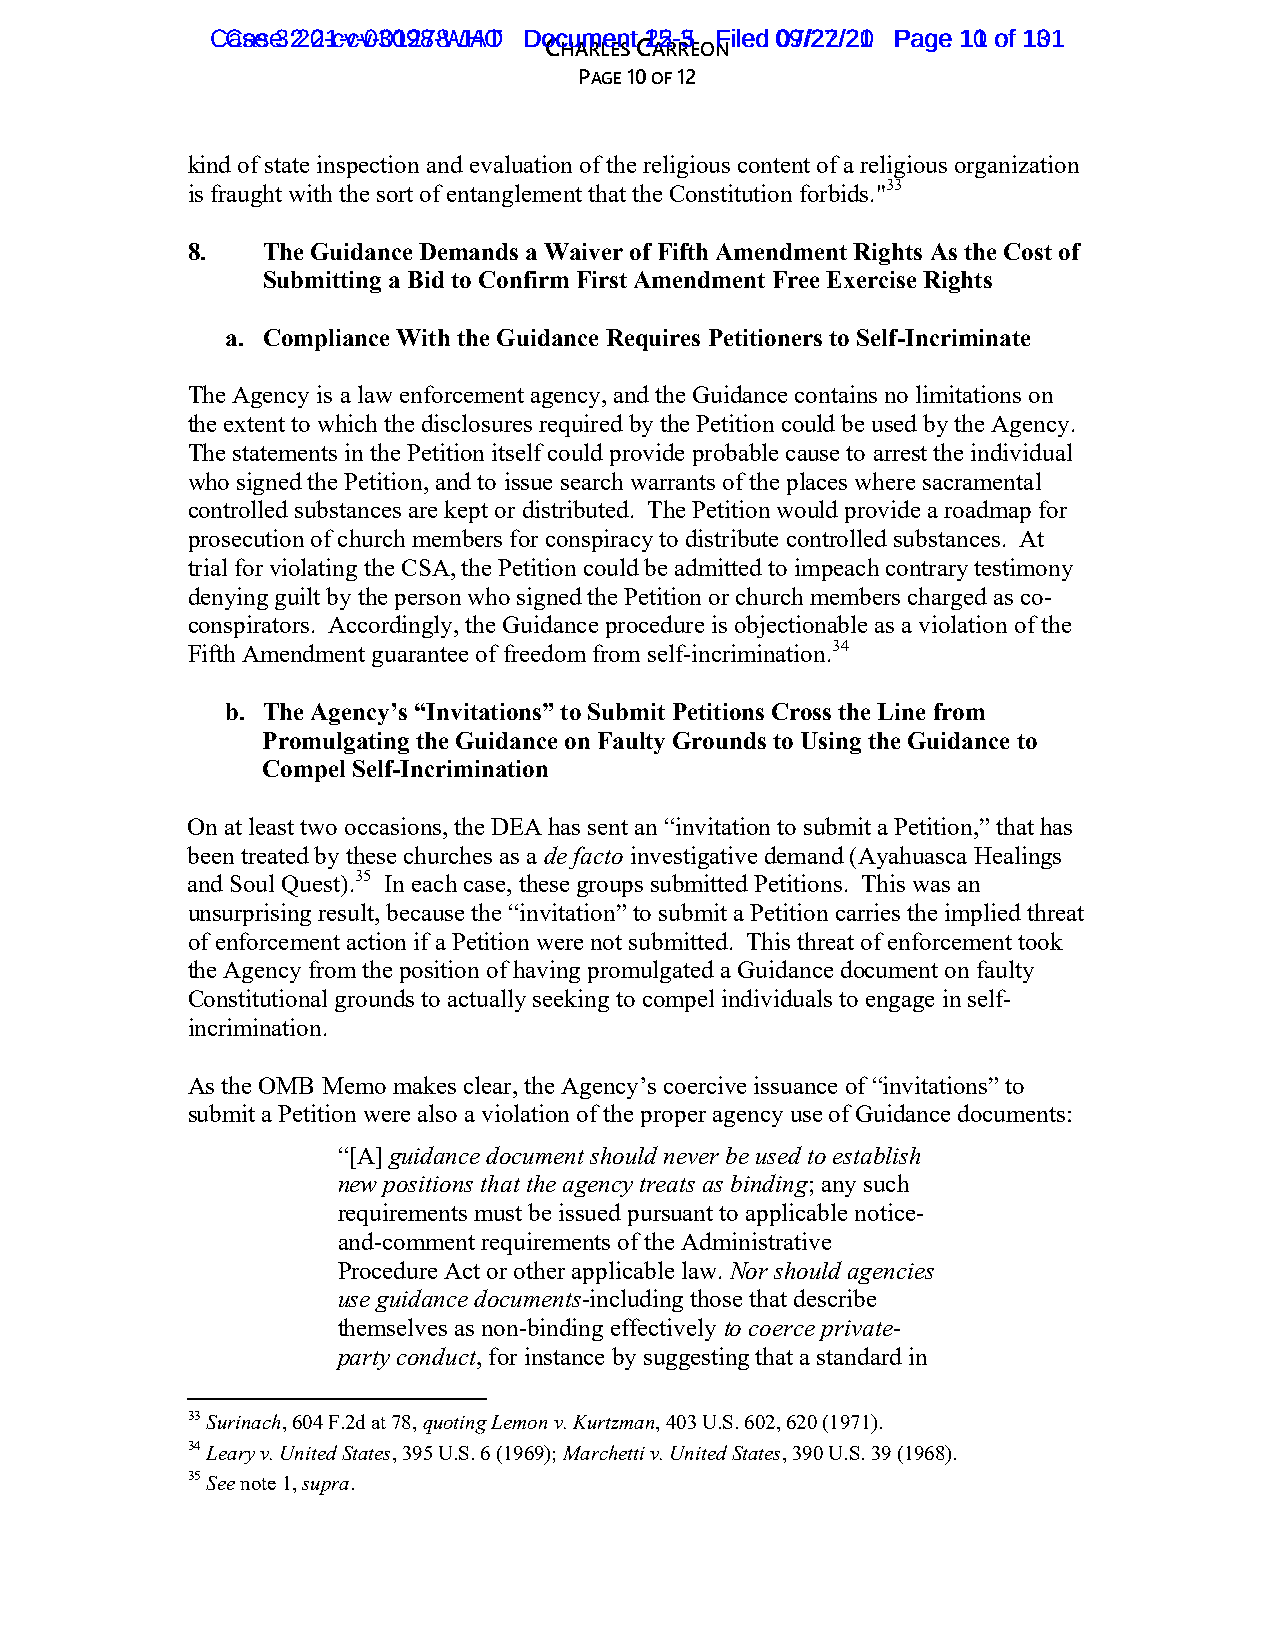
CCasaes e3 :22:02-1c-vc-v0-30019287-8W-JHAOT DDooccuummeenntt 1252--35 FFiilleedd 0097//2272//2210 PPaaggee 1101 ooff 11301
 CHARLES CARREON
 PAGE 10 OF 12
 kind of state inspection and evaluation of the religious content of a religious organization
 is fraught with the sort of entanglement that the Constitution forbids."33
 8.   The Guidance Demands a Waiver of Fifth Amendment Rights As the Cost of
 Submitting a Bid to Confirm First Amendment Free Exercise Rights
 a. Compliance With the Guidance Requires Petitioners to Self-Incriminate
 The Agency is a law enforcement agency, and the Guidance contains no limitations on
 the extent to which the disclosures required by the Petition could be used by the Agency.
 The statements in the Petition itself could provide probable cause to arrest the individual
 who signed the Petition, and to issue search warrants of the places where sacramental
 controlled substances are kept or distributed. The Petition would provide a roadmap for
 prosecution of church members for conspiracy to distribute controlled substances. At
 trial for violating the CSA, the Petition could be admitted to impeach contrary testimony
 denying guilt by the person who signed the Petition or church members charged as co-
 conspirators. Accordingly, the Guidance procedure is objectionable as a violation of the
 Fifth Amendment guarantee of freedom from self-incrimination.34
 b. The Agency’s “Invitations” to Submit Petitions Cross the Line from
 Promulgating the Guidance on Faulty Grounds to Using the Guidance to
 Compel Self-Incrimination
 On at least two occasions, the DEA has sent an “invitation to submit a Petition,” that has
 been treated by these churches as a de facto investigative demand (Ayahuasca Healings
 and Soul Quest).35 In each case, these groups submitted Petitions. This was an
 unsurprising result, because the “invitation” to submit a Petition carries the implied threat
 of enforcement action if a Petition were not submitted. This threat of enforcement took
 the Agency from the position of having promulgated a Guidance document on faulty
 Constitutional grounds to actually seeking to compel individuals to engage in self-
 incrimination.
 As the OMB Memo makes clear, the Agency’s coercive issuance of “invitations” to
 submit a Petition were also a violation of the proper agency use of Guidance documents:
 “[A] guidance document should never be used to establish
 new positions that the agency treats as binding; any such
 requirements must be issued pursuant to applicable notice-
 and-comment requirements of the Administrative
 Procedure Act or other applicable law. Nor should agencies
 use guidance documents-including those that describe
 themselves as non-binding effectively to coerce private-
 party conduct, for instance by suggesting that a standard in
 33 Surinach, 604 F.2d at 78, quoting Lemon v. Kurtzman, 403 U.S. 602, 620 (1971).
 34 Leary v. United States, 395 U.S. 6 (1969); Marchetti v. United States, 390 U.S. 39 (1968).
 35 See note 1, supra.